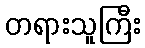
တရားသူကြီး